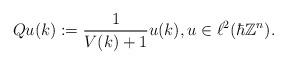
LaTeX: \begin{align*}Qu(k):=\frac{1}{V(k)+1}u(k),u\in\ell^{2}(\hbar\mathbb{Z}^{n}).\end{align*}